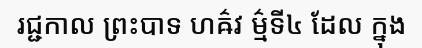
រជ្ជកាល ព្រះបាទ ហឝ៌វ ម៌្មទី៤ ដែល ក្នុង